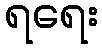
ရရေး